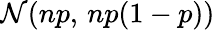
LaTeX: {\mathcal{N}}(np,\, np(1-p))